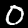
Label: 0